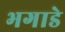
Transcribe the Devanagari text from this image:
भगाडे